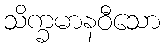
သိက္ခမာနဝီသော